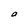
Character: a